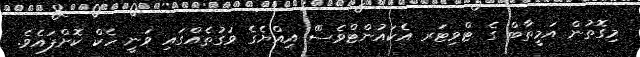
މިގޮތުން އަމީތާބް ގެ ޓްވިޓަރ އެކައުންޓްވެސްް އިއްޔެގެ ވަގުތެއްގައި ވަނީ ހެކް ކޮށްފައެވެ.